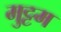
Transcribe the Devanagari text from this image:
मुट्टम